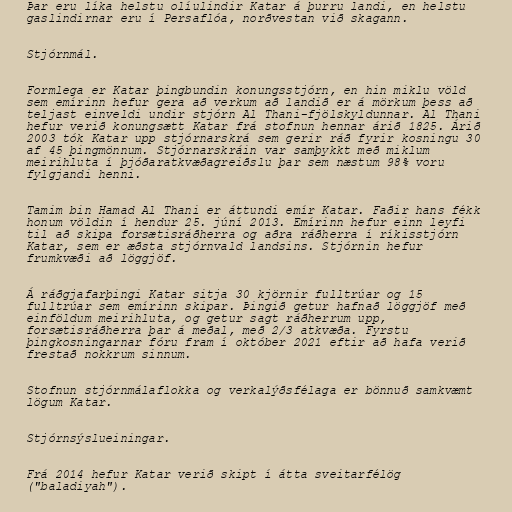
Þar eru líka helstu olíulindir Katar á þurru landi, en helstu
gaslindirnar eru í Persaflóa, norðvestan við skagann.

Stjórnmál.

Formlega er Katar þingbundin konungsstjórn, en hin miklu völd
sem emírinn hefur gera að verkum að landið er á mörkum þess að
teljast einveldi undir stjórn Al Thani-fjölskyldunnar. Al Thani
hefur verið konungsætt Katar frá stofnun hennar árið 1825. Árið
2003 tók Katar upp stjórnarskrá sem gerir ráð fyrir kosningu 30
af 45 þingmönnum. Stjórnarskráin var samþykkt með miklum
meirihluta í þjóðaratkvæðagreiðslu þar sem næstum 98% voru
fylgjandi henni.

Tamim bin Hamad Al Thani er áttundi emír Katar. Faðir hans fékk
honum völdin í hendur 25. júní 2013. Emírinn hefur einn leyfi
til að skipa forsætisráðherra og aðra ráðherra í ríkisstjórn
Katar, sem er æðsta stjórnvald landsins. Stjórnin hefur
frumkvæði að löggjöf.

Á ráðgjafarþingi Katar sitja 30 kjörnir fulltrúar og 15
fulltrúar sem emírinn skipar. Þingið getur hafnað löggjöf með
einföldum meirihluta, og getur sagt ráðherrum upp,
forsætisráðherra þar á meðal, með 2/3 atkvæða. Fyrstu
þingkosningarnar fóru fram í október 2021 eftir að hafa verið
frestað nokkrum sinnum.

Stofnun stjórnmálaflokka og verkalýðsfélaga er bönnuð samkvæmt
lögum Katar.

Stjórnsýslueiningar.

Frá 2014 hefur Katar verið skipt í átta sveitarfélög
("baladiyah").